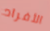
الأفراد